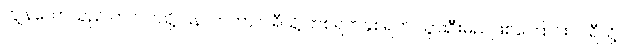
ကျွန်တော်သည် ကလပ်သို့ ပြန်လာကာ ပါရီသို့ တစ်ရက်နှစ်ရက် သွားဦးမည်ဖြစ်ကြောင်း၊ ပါရီသို့